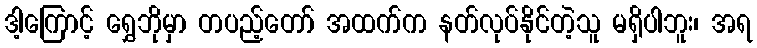
ဒါ့ကြောင့် ရွှေဘိုမှာ တပည့်တော် အထက်က နတ်လုပ်နိုင်တဲ့သူ မရှိပါဘူး၊ အရ